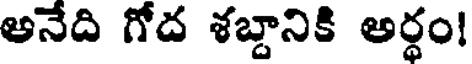
అనేది గోద శబ్దానికి అర్ధం!